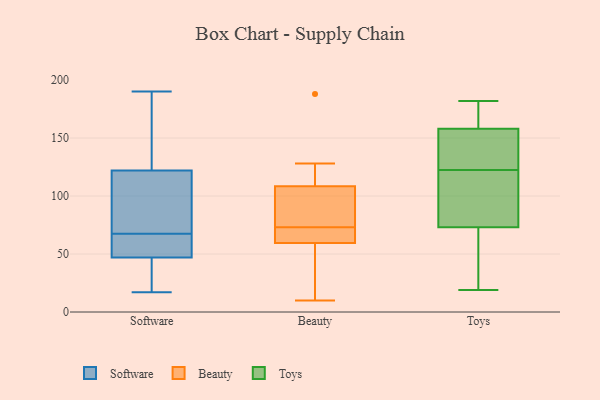
{"axis": {"x": "Latency (ms)", "y": "Value"}, "legend": ["Beauty", "Software", "Toys"], "data": [{"x": "", "y": 76, "type": "Software"}, {"x": "", "y": 138, "type": "Software"}, {"x": "", "y": 32, "type": "Software"}, {"x": "", "y": 63, "type": "Software"}, {"x": "", "y": 190, "type": "Software"}, {"x": "", "y": 72, "type": "Software"}, {"x": "", "y": 17, "type": "Software"}, {"x": "", "y": 44, "type": "Software"}, {"x": "", "y": 137, "type": "Software"}, {"x": "", "y": 63, "type": "Software"}, {"x": "", "y": 94, "type": "Software"}, {"x": "", "y": 122, "type": "Software"}, {"x": "", "y": 62, "type": "Software"}, {"x": "", "y": 47, "type": "Software"}, {"x": "", "y": 74, "type": "Beauty"}, {"x": "", "y": 66, "type": "Beauty"}, {"x": "", "y": 128, "type": "Beauty"}, {"x": "", "y": 116, "type": "Beauty"}, {"x": "", "y": 123, "type": "Beauty"}, {"x": "", "y": 73, "type": "Beauty"}, {"x": "", "y": 16, "type": "Beauty"}, {"x": "", "y": 53, "type": "Beauty"}, {"x": "", "y": 101, "type": "Beauty"}, {"x": "", "y": 73, "type": "Beauty"}, {"x": "", "y": 26, "type": "Beauty"}, {"x": "", "y": 10, "type": "Beauty"}, {"x": "", "y": 67, "type": "Beauty"}, {"x": "", "y": 188, "type": "Beauty"}, {"x": "", "y": 88, "type": "Beauty"}, {"x": "", "y": 70, "type": "Beauty"}, {"x": "", "y": 69, "type": "Toys"}, {"x": "", "y": 113, "type": "Toys"}, {"x": "", "y": 87, "type": "Toys"}, {"x": "", "y": 182, "type": "Toys"}, {"x": "", "y": 73, "type": "Toys"}, {"x": "", "y": 70, "type": "Toys"}, {"x": "", "y": 155, "type": "Toys"}, {"x": "", "y": 169, "type": "Toys"}, {"x": "", "y": 123, "type": "Toys"}, {"x": "", "y": 167, "type": "Toys"}, {"x": "", "y": 158, "type": "Toys"}, {"x": "", "y": 149, "type": "Toys"}, {"x": "", "y": 179, "type": "Toys"}, {"x": "", "y": 19, "type": "Toys"}, {"x": "", "y": 132, "type": "Toys"}, {"x": "", "y": 47, "type": "Toys"}, {"x": "", "y": 81, "type": "Toys"}, {"x": "", "y": 122, "type": "Toys"}]}